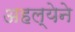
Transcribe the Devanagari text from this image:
अहल्येने